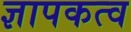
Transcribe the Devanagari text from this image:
ज्ञापकत्व